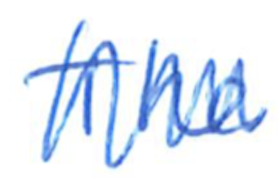
Text: The
Cross-out: zig-zag
Writing tool: ballpoint